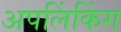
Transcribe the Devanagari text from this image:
अपलिंकिंग